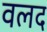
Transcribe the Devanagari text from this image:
वलद